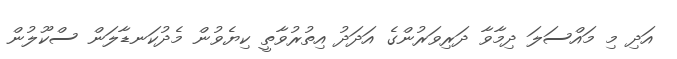
އަދި މި މައްސަލަ ދިމާވާ ދަރިވަރުންގެ އަދަދު އިތުރުވާތީ ކިޔެވުން މެދުކަނޑާލަން ސްކޫލުން